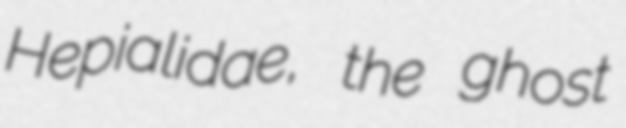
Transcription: Hepialidae, the ghost